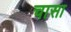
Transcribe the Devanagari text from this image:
चासा